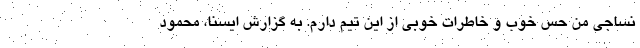
نساجی من حس خوب و خاطرات خوبی از این تیم دارم. به گزارش ایسنا، محمود